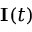
\mathbf { I } ( t )